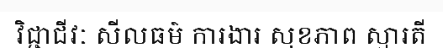
វិជ្ជាជីវៈ សីលធម៌ ការងារ សុខភាព ស្មារតី